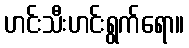
ဟင်းသီးဟင်းရွက်ရော။